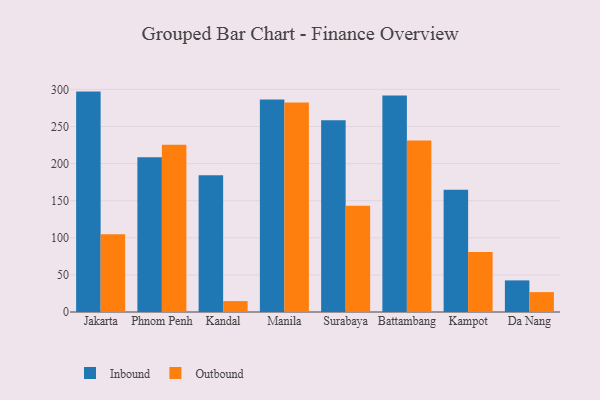
{"axis": {"x": "City", "y": "Demand Index"}, "legend": ["Inbound", "Outbound"], "data": [{"x": "Jakarta", "y": 297.0, "type": "Inbound"}, {"x": "Jakarta", "y": 104.9, "type": "Outbound"}, {"x": "Phnom Penh", "y": 208.6, "type": "Inbound"}, {"x": "Phnom Penh", "y": 225.3, "type": "Outbound"}, {"x": "Kandal", "y": 184.4, "type": "Inbound"}, {"x": "Kandal", "y": 14.7, "type": "Outbound"}, {"x": "Manila", "y": 286.4, "type": "Inbound"}, {"x": "Manila", "y": 282.2, "type": "Outbound"}, {"x": "Surabaya", "y": 258.4, "type": "Inbound"}, {"x": "Surabaya", "y": 143.1, "type": "Outbound"}, {"x": "Battambang", "y": 291.8, "type": "Inbound"}, {"x": "Battambang", "y": 231.2, "type": "Outbound"}, {"x": "Kampot", "y": 164.9, "type": "Inbound"}, {"x": "Kampot", "y": 80.9, "type": "Outbound"}, {"x": "Da Nang", "y": 42.6, "type": "Inbound"}, {"x": "Da Nang", "y": 26.8, "type": "Outbound"}]}